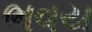
ભવય